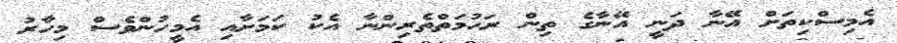
އެމިސްކިތަށް އޭނާ ދަނީ އޭނާގެ ތިން ރަހުމަތްތެރިންނާ އެކު ކަމަށާއި އެމީހުންވެސް މިހާރު